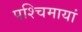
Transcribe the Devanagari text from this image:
पश्चिमायां